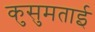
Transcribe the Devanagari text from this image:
कुसुमताई